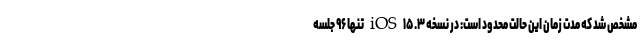
مشخص شد که مدت زمان این حالت محدود است: در نسخه iOS ۱۵.۳ تنها ۹۶ جلسه